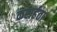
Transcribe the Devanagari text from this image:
करार्हता